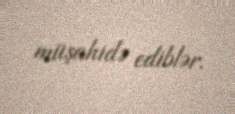
müşahidə ediblər.